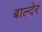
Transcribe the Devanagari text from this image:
बाल्देर